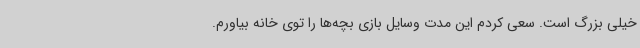
خیلی بزرگ است. سعی کردم این مدت وسایل بازی بچه‌ها را توی خانه بیاورم.